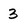
Character: 3